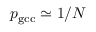
p _ { \mathrm { g c c } } \simeq 1 / N